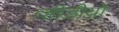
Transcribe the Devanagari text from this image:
व्हीडीयो